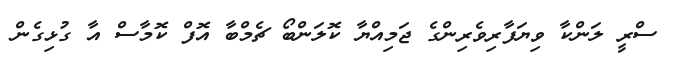
ސްރީ ލަންކާ ވިޔަފާރިވެރިންގެ ޖަމިއްޔާ ކޮލަންބޯ ޗެމްބާ އޮފް ކޮމާސް އާ ގުޅިގެން